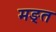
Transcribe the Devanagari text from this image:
मङ्त